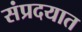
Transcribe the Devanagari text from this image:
संप्रदयात